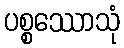
ပစ္စဿောသုံ